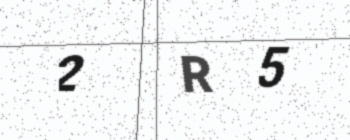
Text: 2R5